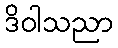
ဒိဝါသညာ